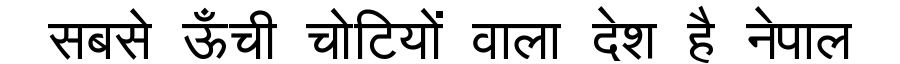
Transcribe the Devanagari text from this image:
सबसे ऊँची चोटियों वाला देश है नेपाल